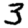
Digit: 3